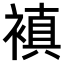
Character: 𧜖